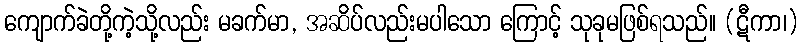
ကျောက်ခဲတို့ကဲ့သို့လည်း မခက်မာ, အဆိပ်လည်းမပါသော ကြောင့် သုခုမဖြစ်ရသည်။ (ဋီကာ၊)